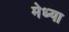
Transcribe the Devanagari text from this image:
मेध्या